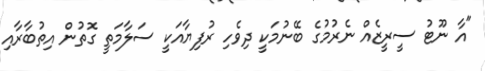
"އާ ނޫޓު ސީރީޒެއް ނެރުމުގެ ބޭނުމަކީ ދިވެހި ރުފިޔާއަކީ ސަލާމަތީ ގޮތުން އިތުބާރާއި